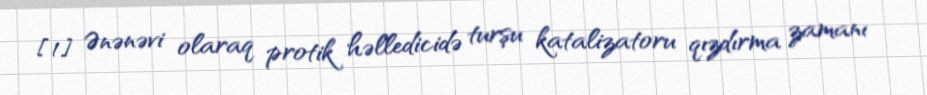
[1] Ənənəvi olaraq protik həlledicidə turşu katalizatoru qızdırma zamanı